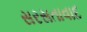
સરસતાવાદ